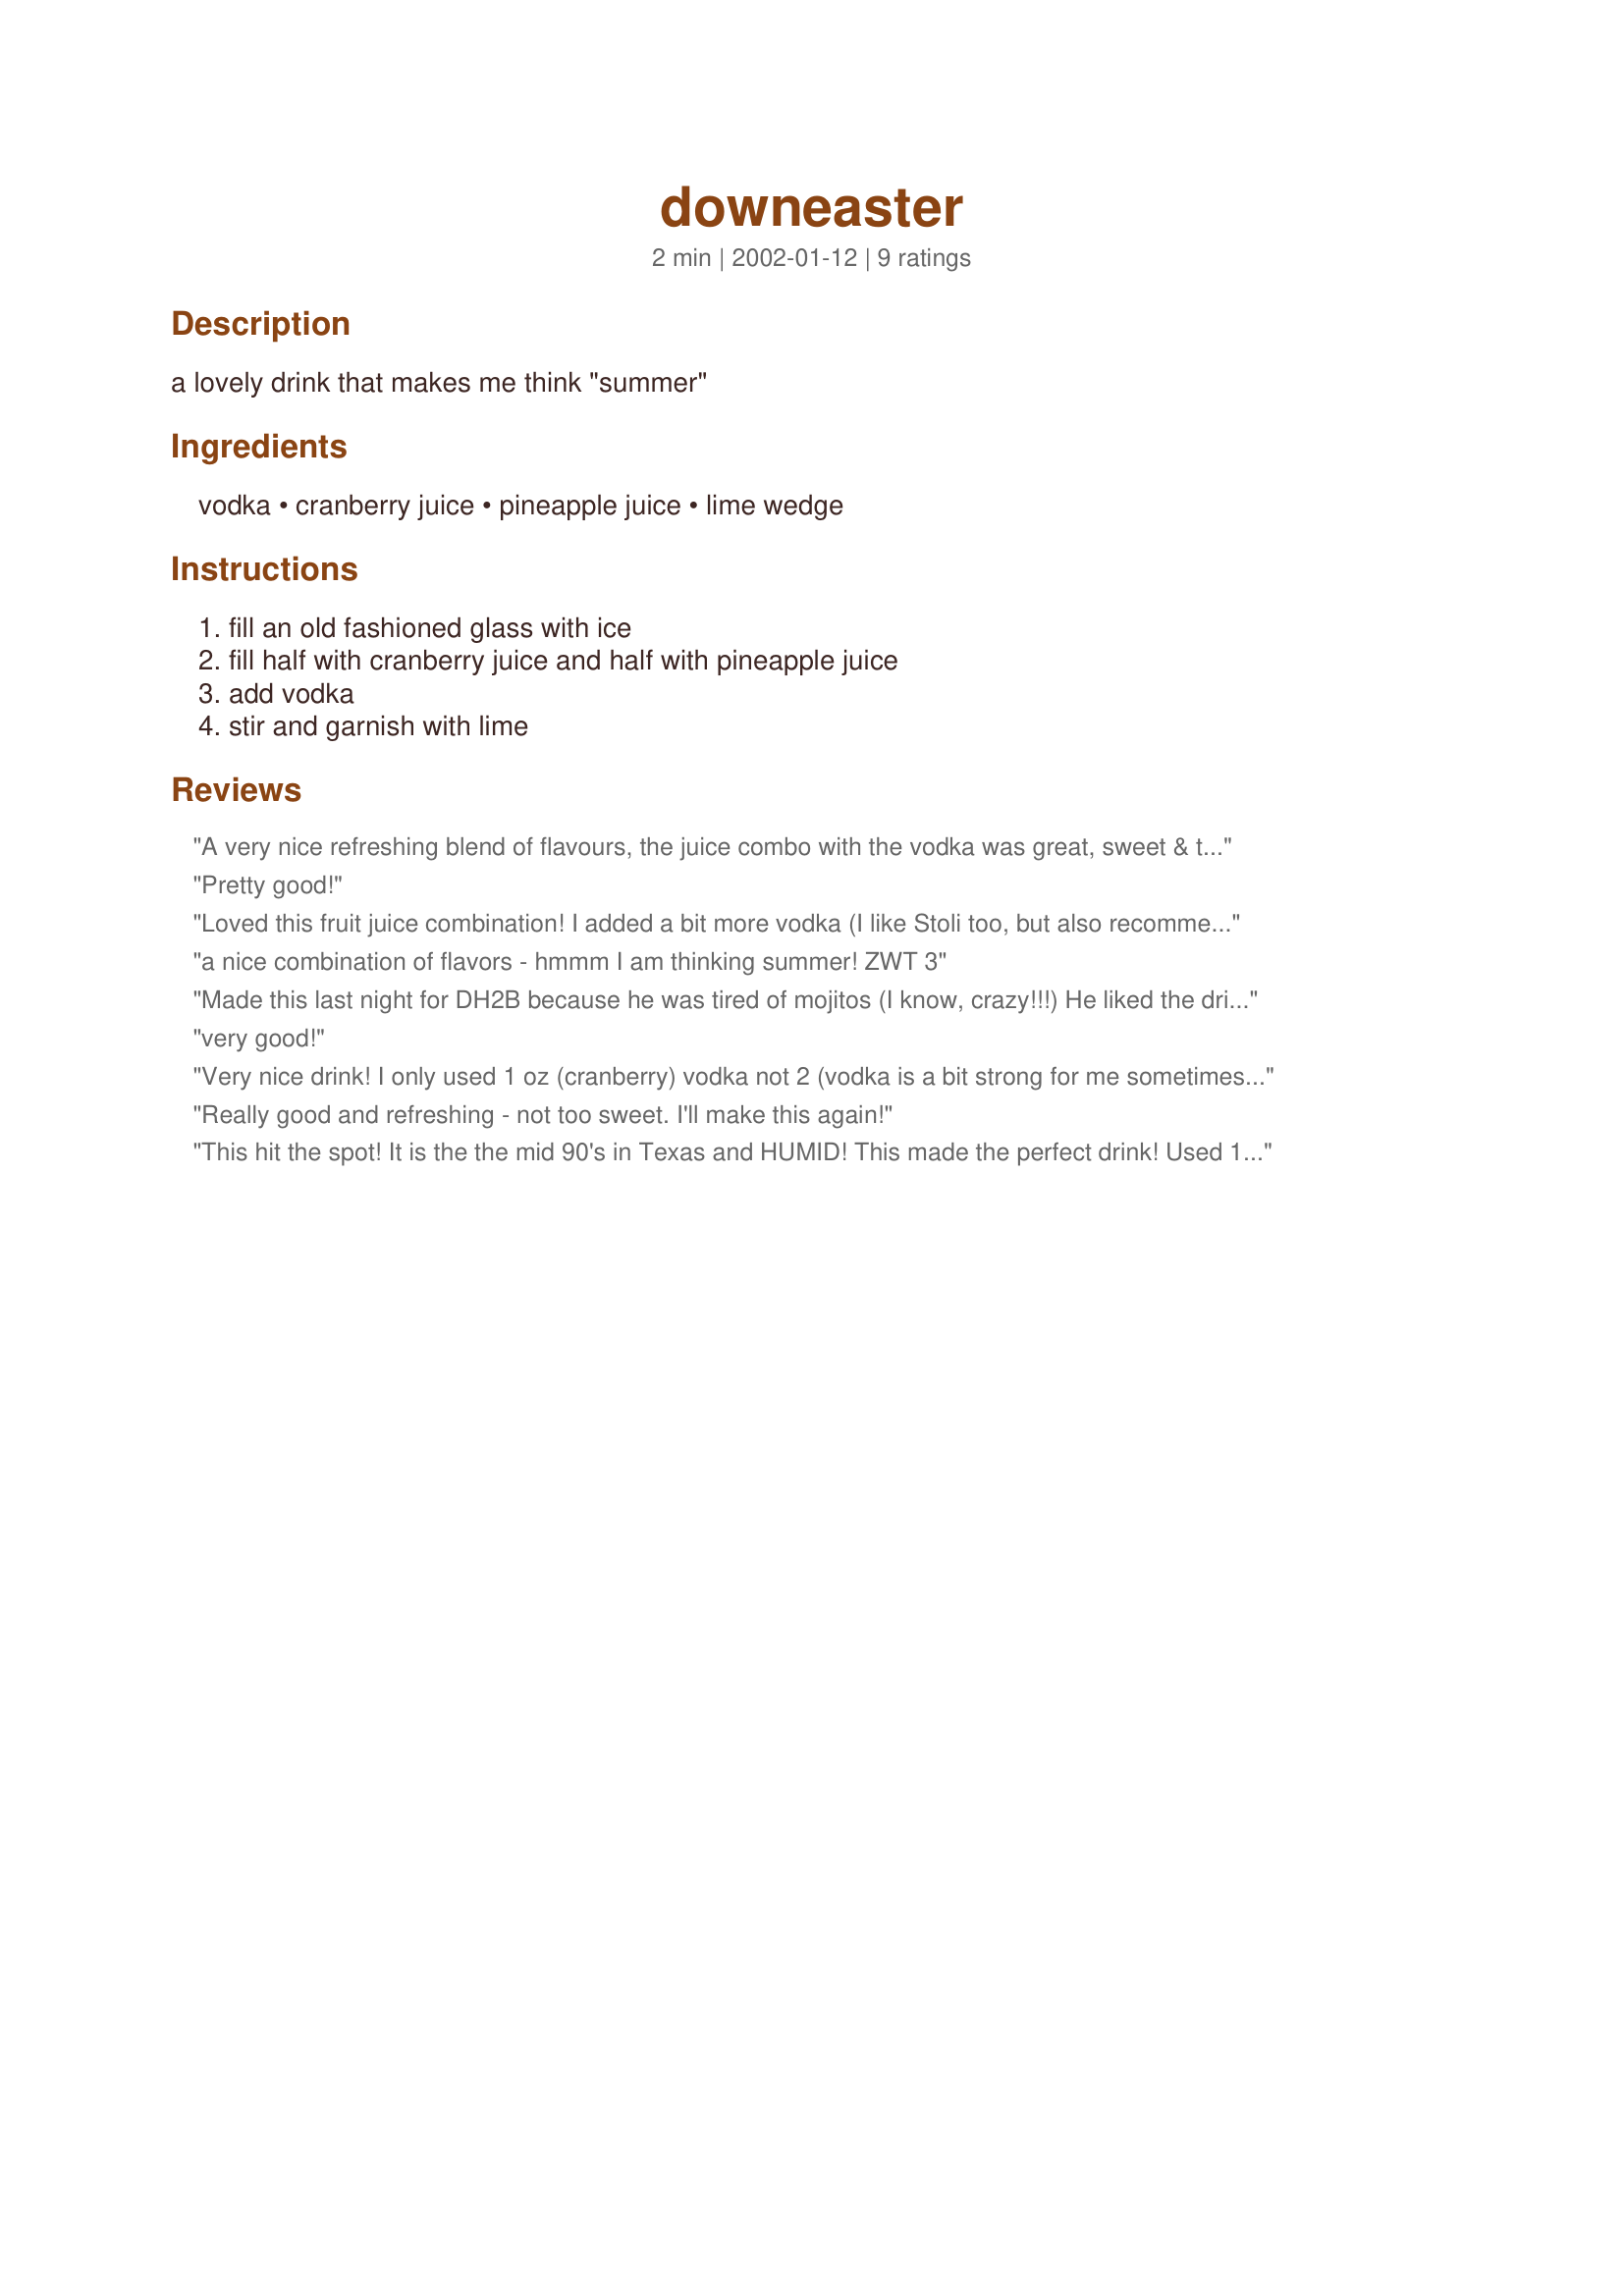
downeaster
Preparation time: 2 minutes

a lovely drink that makes me think "summer"

Ingredients:
vodka, cranberry juice, pineapple juice, lime wedge

Steps:
fill an old fashioned glass with ice, fill half with cranberry juice and half with pineapple juice, add vodka, stir and garnish with lime

Reviews:
A very nice refreshing blend of flavours, the juice combo with the vodka was great, sweet & tart at the same time. Thanks. Made for ZWT III
Pretty good!
Loved this fruit juice combination! I added a bit more vodka (I like Stoli too, but also recommend Svedka brand for the smooth taste and cheaper price). This made me think summer too, though cranberries usually remind me of Fall. I used a "light" cranberry juice cocktail to reduce the calories/sugar a bit. The combination of fruit juices produced a really pretty color, sort of like pink grapefruit (no surprise there I guess). Lime added a nice color too and more tartness, which I like.
a nice combination of flavors - hmmm I am thinking summer! ZWT 3
Made this last night for DH2B because he was tired of mojitos (I know, crazy!!!) He liked the drink and said to give it 4 stars :)
very good!
Very nice drink! I only used 1 oz (cranberry) vodka not 2 (vodka is a bit strong for me sometimes). Thanks for the recipe!
Really good and refreshing - not too sweet. I'll make this again!
This hit the spot! It is the the mid 90's in Texas and HUMID! This made the perfect drink! Used 1/2 c (4oz) of each juice and 2 oz (1/4) c) vodka Thanks for a great drink recipe!
